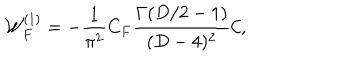
LaTeX: { \cal W } _ { F } ^ { ( 1 ) } = - \frac { 1 } { { \pi } ^ { 2 } } C _ { F } { \frac { \Gamma ( D / 2 - 1 ) } { ( D - 4 ) ^ { 2 } } } { \cal C } ,